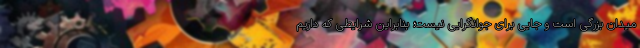
میدان بزرگی است و جایی برای جوانگرایی نیست؛ بنابراین شرایطی که داریم